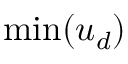
\operatorname* { m i n } ( u _ { d } )